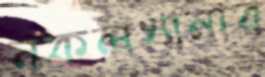
নকলখানার